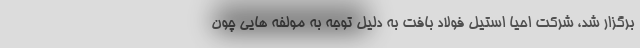
برگزار شد، شرکت احیا استیل فولاد بافت به دلیل توجه به مولفه هایی چون